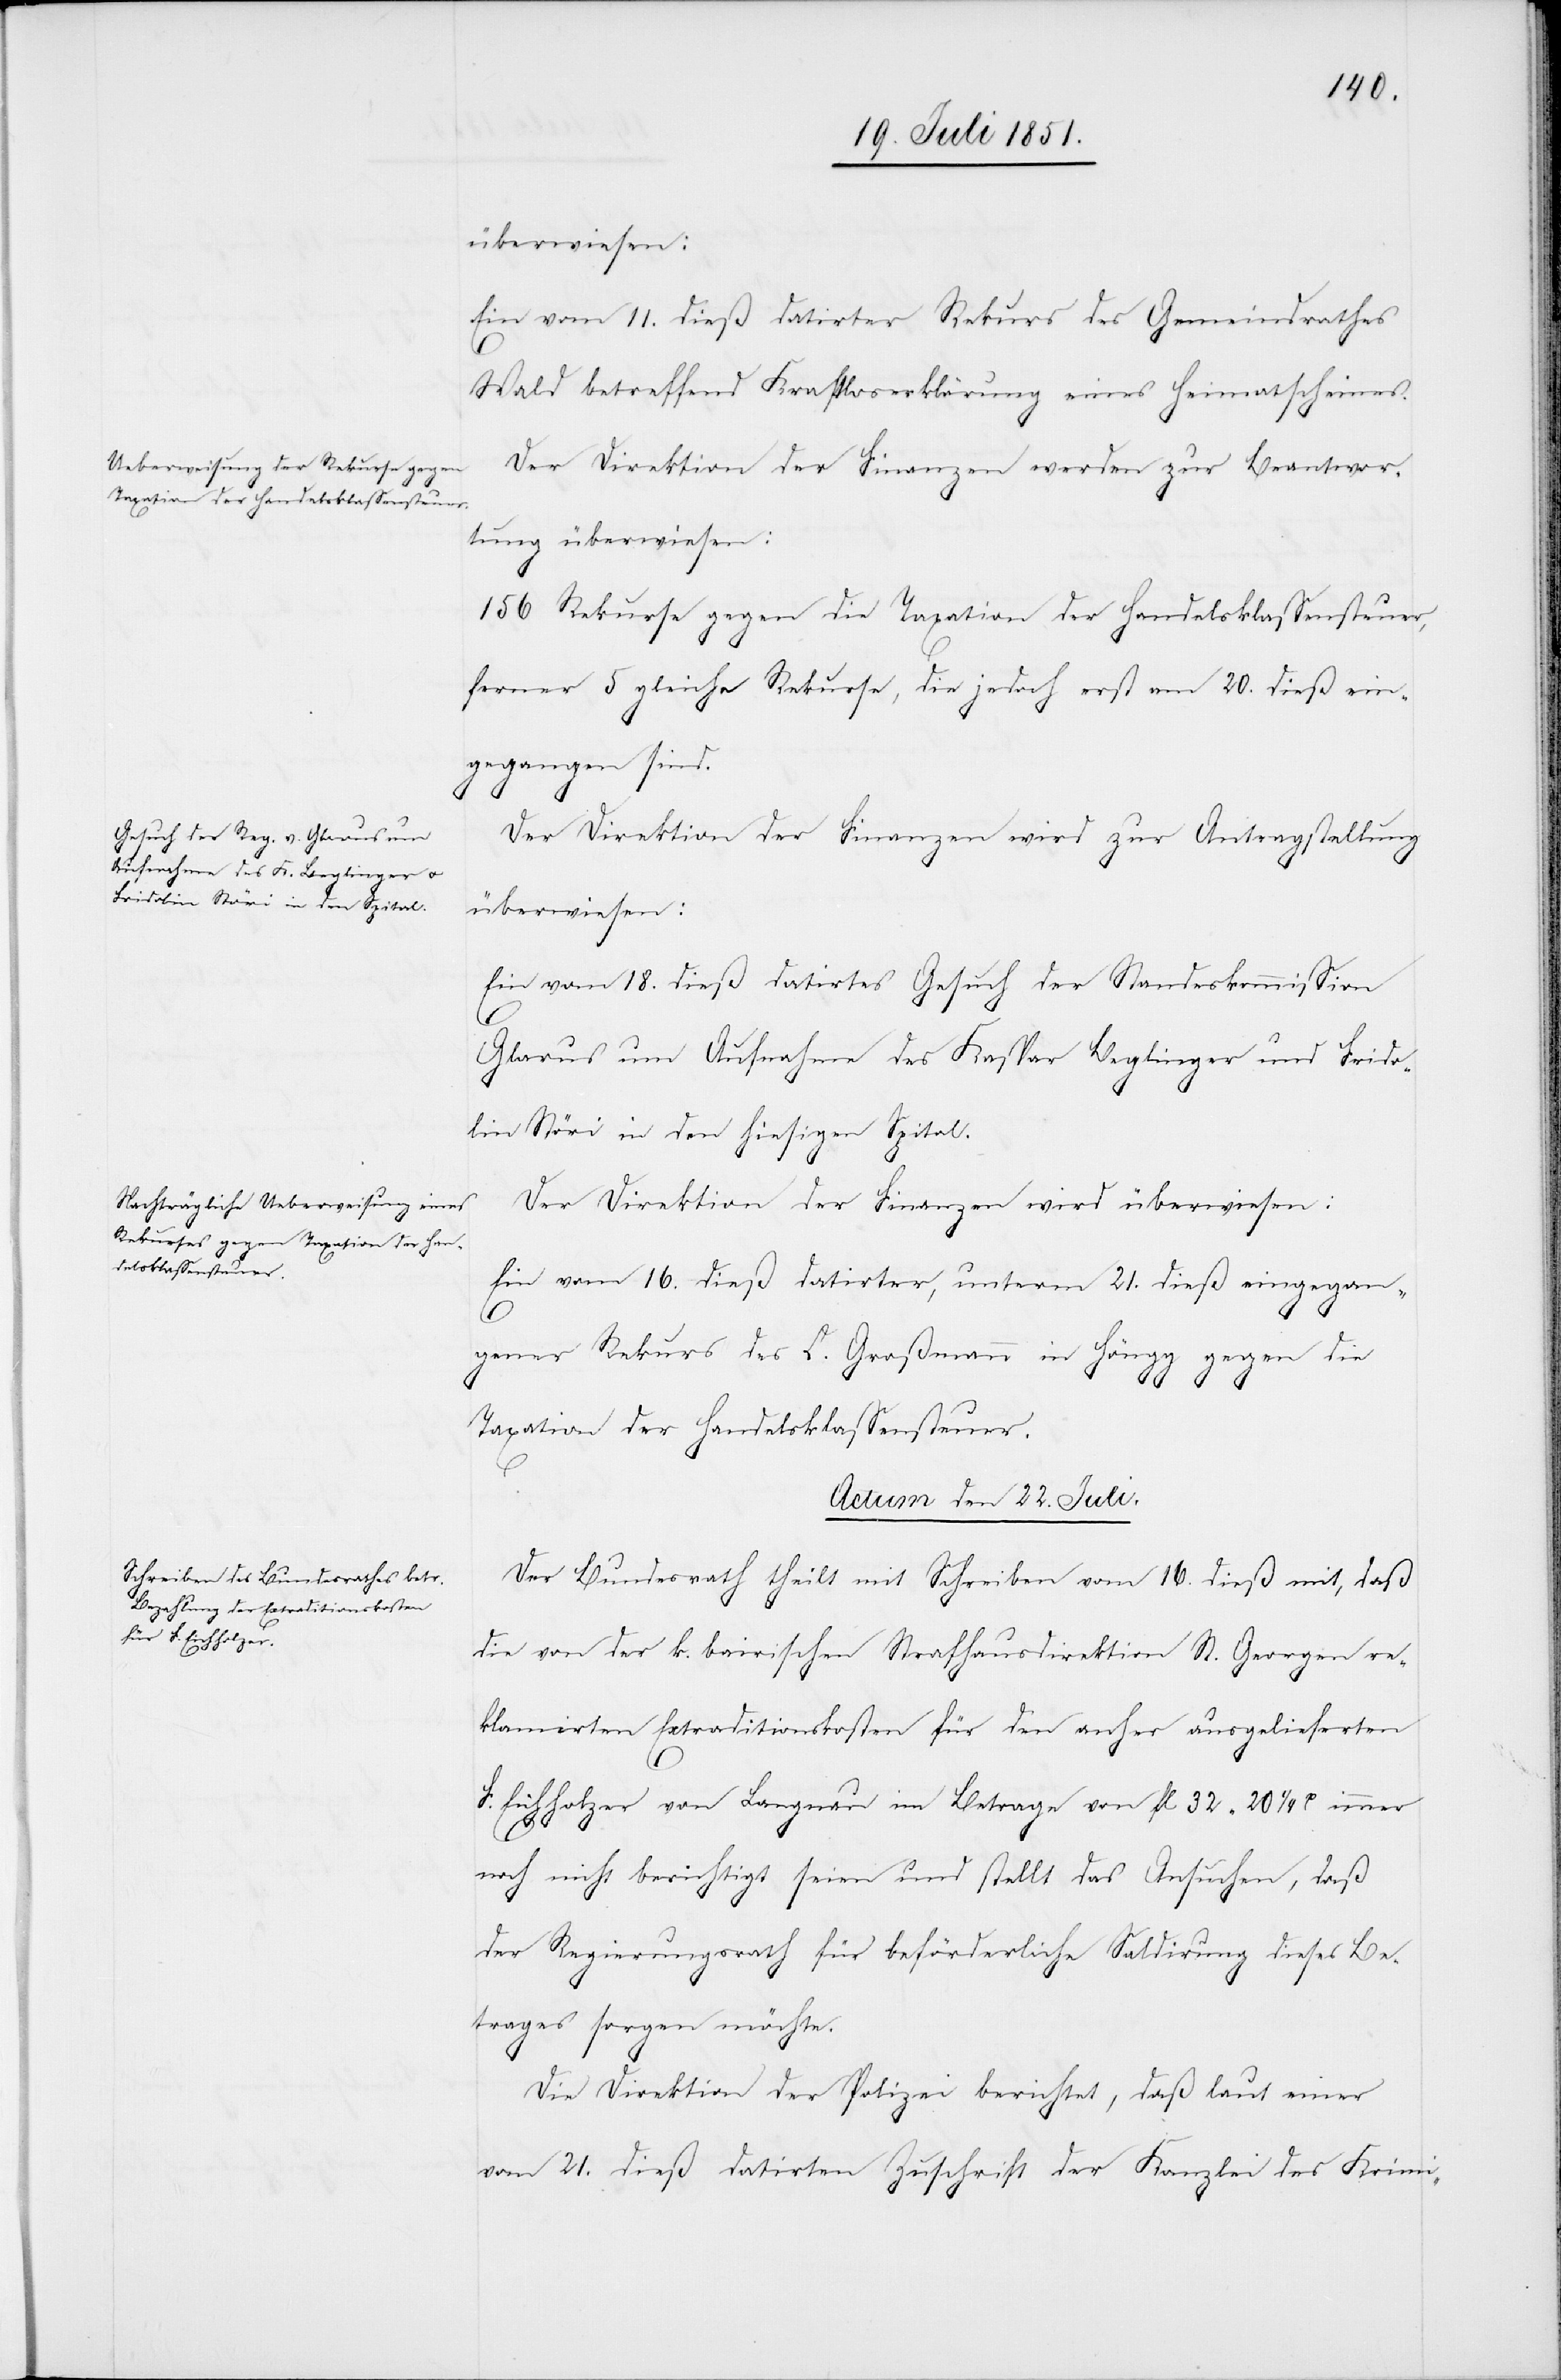
Ein vom 11. dieß datirter Rekurs des Gemeindrathes
Wald betreffend Kraftloserklärung eines Heimatscheines.
Der Direktion der Finanzen werden zur Beantwor¬
tung überwiesen:
156 Rekurse gegen die Taxation der Handelsklassensteuer,
ferner 5 gleiche Rekurse, die jedoch erst am 20. dieß ein¬
gegangen sind.
Der Direktion der Finanzen wird zur Antragstellung
überwiesen:
Ein vom 18. dieß datirtes Gesuch der Standeskommission
Glarus um Aufnahme des Kaspar Beglinger und Frido¬
lin Störi in den hiesigen Spital.
Der Direktion der Finanzen wird überwiesen:
Ein vom 16. dieß datirter, unterm 21. dieß eingegan¬
gener Rekurs des C. Großmann in Höngg gegen die
Taxation der Handelsklassensteuer.
Actum den 22. Juli.
Der Bundesrath theilt mit Schreiben vom 16. dieß mit, daß
die von der k. bairischen Strafhausdirektion St. Georgen re¬
klamirten Extraditionskosten für den anher ausgelieferten
F. Eichholzer von Langnau im Betrage von fl 32 20 1/4 H immer
noch nicht berichtigt seien und stellt das Ansuchen, daß
der Regierungsrath für beförderliche Saldirung dieses Be¬
trages sorgen möchte.
Die Direktion der Polizei berichtet, daß laut einer
vom 21. dieß datirten Zuschrift der Kanzlei des Krimi-